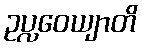
ဥပ္လဝေယျာတိ